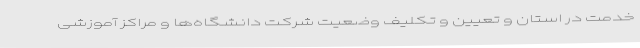
خدمت در استان و تعیین و تکلیف وضعیت شرکت دانشگاه‌ها و مراکز آموزشی